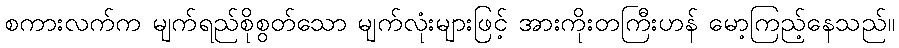
စကားလက်က မျက်ရည်စိုစွတ်သော မျက်လုံးများဖြင့် အားကိုးတကြီးဟန် မော့ကြည့်နေသည်။